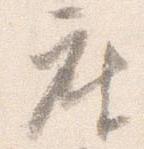
座